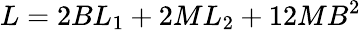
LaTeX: L=2BL_{1}+2ML_{2}+12MB^{2}